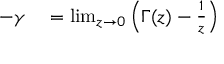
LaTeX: \begin{array} { r l } { - \gamma } & { { } = \operatorname* { l i m } _ { z \to 0 } \left( \Gamma ( z ) - { \frac { 1 } { z } } \right) } \end{array}